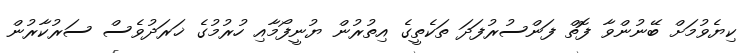
ކިޔެވުމަށް ބޭނުންވާ ފޮތް ފަންސުރުފަދަ ތަކެތީގެ އިތުރުން ޔުނީފޯމާއި ހުރުމުގެ ޚަރަދުވެސް ސަރުކާރުން